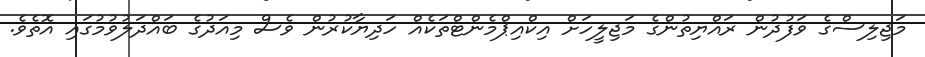
މަޖިލިސްގެ ވަފުދުން ރައްޔިތުންގެ މަޖިލީހަށް އިކްއިޕްމެންޓްތަކެއް ހަދިޔާކުރުން ވެސް މިއަދުގެ ބައްދަލުވުމުގައި އޮތެވެ.